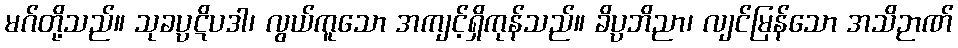
မဂ်တို့သည်။ သုခပ္ပဋိပဒါ၊ လွယ်ကူသော အကျင့်ရှိကုန်သည်။ ခိပ္ပဘိညာ၊ လျင်မြန်သော အသိဉာဏ်